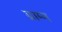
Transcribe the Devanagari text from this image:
ग्राम्म